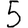
Digit: 5